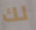
لك